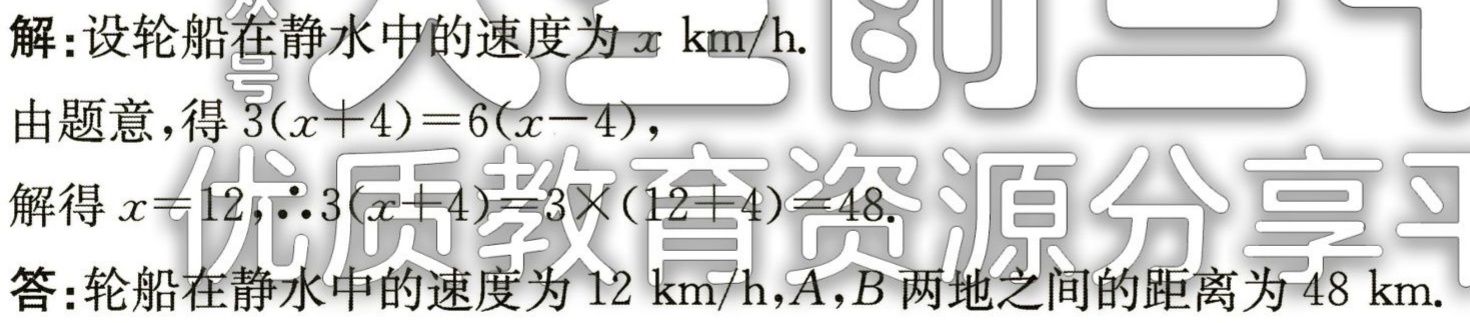
解：设轮船在静水中的速度为\(x\) km/h.
由题意，得\(3(x + 4)=6(x - 4)\)，
解得\(x = 12\)，\(\therefore3(x + 4)=3\times(12 + 4)=48\).
答：轮船在静水中的速度为\(12\) km/h，\(A\)，\(B\)两地之间的距离为\(48\) km.